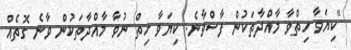
"ކިޔަވާ ހިތްވާ މާއްދާތަކުން ފާސްވާނެ. ކިޔަވާ ހިތް ނުވާ މާއްދާތަކުން ވާނެ ގޮތެއް